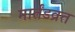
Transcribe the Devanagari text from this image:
मार्तंडव्रत